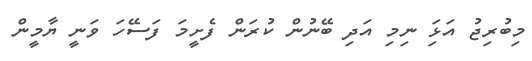
މިބުރިޖު އަޅަި ނިމި އަދި ބޭނުން ކުރަން ފެށީމަ ފަސޭހަ ވަނީ ޔާމީން